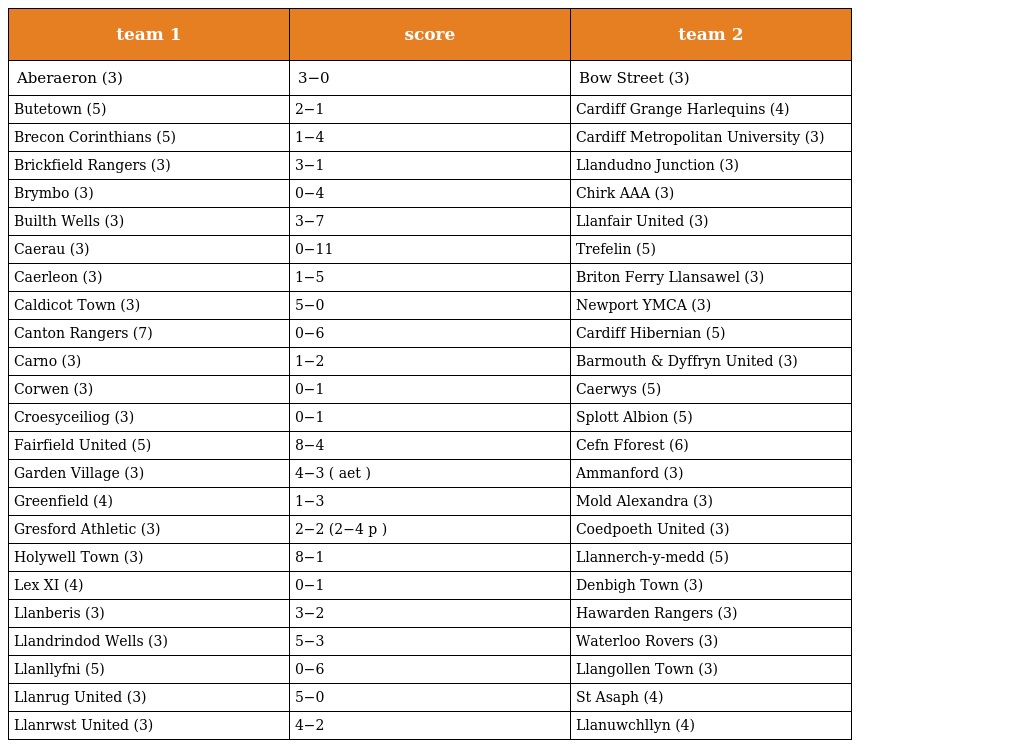
| team 1 | score | team 2 |
 | --- | --- | --- |
 | Aberaeron (3) | 3−0 | Bow Street (3) |
 | Butetown (5) | 2−1 | Cardiff Grange Harlequins (4) |
 | Brecon Corinthians (5) | 1−4 | Cardiff Metropolitan University (3) |
 | Brickfield Rangers (3) | 3−1 | Llandudno Junction (3) |
 | Brymbo (3) | 0−4 | Chirk AAA (3) |
 | Builth Wells (3) | 3−7 | Llanfair United (3) |
 | Caerau (3) | 0−11 | Trefelin (5) |
 | Caerleon (3) | 1−5 | Briton Ferry Llansawel (3) |
 | Caldicot Town (3) | 5−0 | Newport YMCA (3) |
 | Canton Rangers (7) | 0−6 | Cardiff Hibernian (5) |
 | Carno (3) | 1−2 | Barmouth & Dyffryn United (3) |
 | Corwen (3) | 0−1 | Caerwys (5) |
 | Croesyceiliog (3) | 0−1 | Splott Albion (5) |
 | Fairfield United (5) | 8−4 | Cefn Fforest (6) |
 | Garden Village (3) | 4−3 ( aet ) | Ammanford (3) |
 | Greenfield (4) | 1−3 | Mold Alexandra (3) |
 | Gresford Athletic (3) | 2−2 (2−4 p ) | Coedpoeth United (3) |
 | Holywell Town (3) | 8−1 | Llannerch-y-medd (5) |
 | Lex XI (4) | 0−1 | Denbigh Town (3) |
 | Llanberis (3) | 3−2 | Hawarden Rangers (3) |
 | Llandrindod Wells (3) | 5−3 | Waterloo Rovers (3) |
 | Llanllyfni (5) | 0−6 | Llangollen Town (3) |
 | Llanrug United (3) | 5−0 | St Asaph (4) |
 | Llanrwst United (3) | 4−2 | Llanuwchllyn (4) |